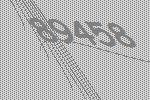
89458